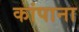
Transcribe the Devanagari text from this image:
कांपाना